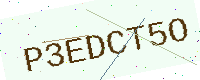
Text: P3EDCT5O